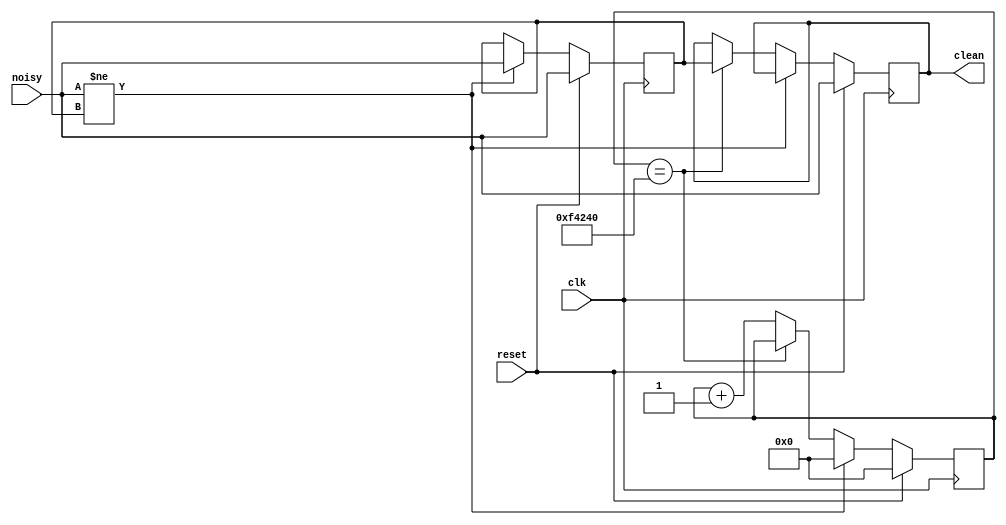
`default_nettype none

////////////////////////////////////////////////////////////////////////////////
//
// debounce: Use your system clock for the clk input to produce a synchronous,
// debounced output for any number of unsynchronized, noisy inputs
//
////////////////////////////////////////////////////////////////////////////////

module debounce #(parameter DELAY=1000000, parameter COUNT=1) (
    input wire clk,
    input wire reset,
    input wire [COUNT-1:0] noisy,
    output reg [COUNT-1:0] clean);

    genvar i;
    generate
        for (i = 0; i < COUNT; i = i + 1) begin
            reg [19:0] count;
            reg new;

            always @(posedge clk) begin
                if (reset) begin
                    count <= 0;
                    new <= noisy[i];
                    clean[i] <= noisy[i];
                end
                else if (noisy[i] != new) begin
                    new <= noisy[i];
                    count <= 0;
                end
                else if (count == DELAY)
                    clean[i] <= new;
                else
                    count <= count+1;
            end
        end
    endgenerate
      
endmodule

////////////////////////////////////////////////////////////////////////////////
//
// xvga: Generate XVGA display signals (1024 x 768 @ 60Hz)
//
////////////////////////////////////////////////////////////////////////////////

module xvga(
    input wire vclock,
    output reg [10:0] hcount,    // pixel number on current line
    output reg [9:0] vcount,     // line number
    output reg vsync, hsync, blank);

    // horizontal: 1344 pixels total
    // display 1024 pixels per line
    reg hblank,vblank;
    wire hsyncon,hsyncoff,hreset,hblankon;
    assign hblankon = (hcount == 1023);
    assign hsyncon = (hcount == 1047);
    assign hsyncoff = (hcount == 1183);
    assign hreset = (hcount == 1343);

    // vertical: 806 lines total
    // display 768 lines
    wire vsyncon,vsyncoff,vreset,vblankon;
    assign vblankon = hreset & (vcount == 767);
    assign vsyncon = hreset & (vcount == 776);
    assign vsyncoff = hreset & (vcount == 782);
    assign vreset = hreset & (vcount == 805);

    // sync and blanking
    wire next_hblank,next_vblank;
    assign next_hblank = hreset ? 0 : hblankon ? 1 : hblank;
    assign next_vblank = vreset ? 0 : vblankon ? 1 : vblank;
    always @(posedge vclock) begin
        hcount <= hreset ? 0 : hcount + 1;
        hblank <= next_hblank;
        hsync <= hsyncon ? 0 : hsyncoff ? 1 : hsync;  // active low

        vcount <= hreset ? (vreset ? 0 : vcount + 1) : vcount;
        vblank <= next_vblank;
        vsync <= vsyncon ? 0 : vsyncoff ? 1 : vsync;  // active low

        blank <= next_vblank | (next_hblank & ~hreset);
    end
endmodule